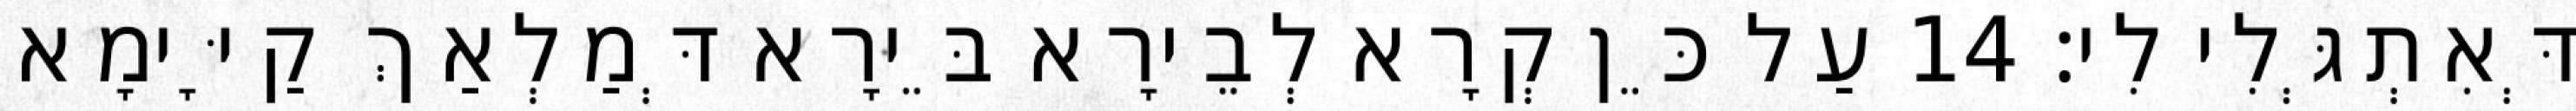
דְּאִתְגְּלִי לִי׃ 14 עַל כֵּן קְרָא לְבֵירָא בֵּירָא דְּמַלְאַךְ קַיָּימָא